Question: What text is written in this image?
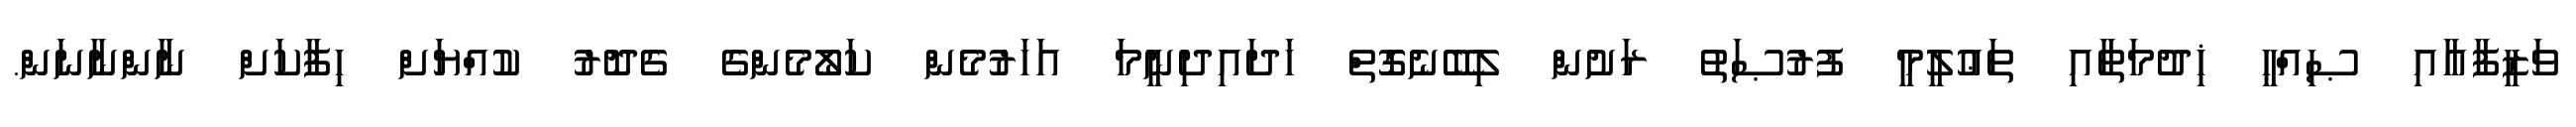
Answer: ވަޒީފާއާއި ޞިއްޙީ ޚިދުމަތާއި ތަޢުލީމީ ފުރުޞަތު ރަށުން ލިބޭނެގޮތް ހަދައިދިނީމަ އަހަރުމެން ކަލޯމެންގެ ގެދޮރު ކުއްޔަށް ހިފާކަށް ނާންނާނަން.